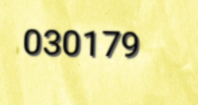
030179